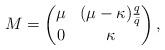
LaTeX: \begin{align*} M=\begin{pmatrix} \mu & (\mu-\kappa)\frac{q}{\bar{q}} \\ 0 & \kappa\end{pmatrix}, \end{align*}